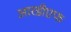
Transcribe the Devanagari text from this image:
आरडीएफ